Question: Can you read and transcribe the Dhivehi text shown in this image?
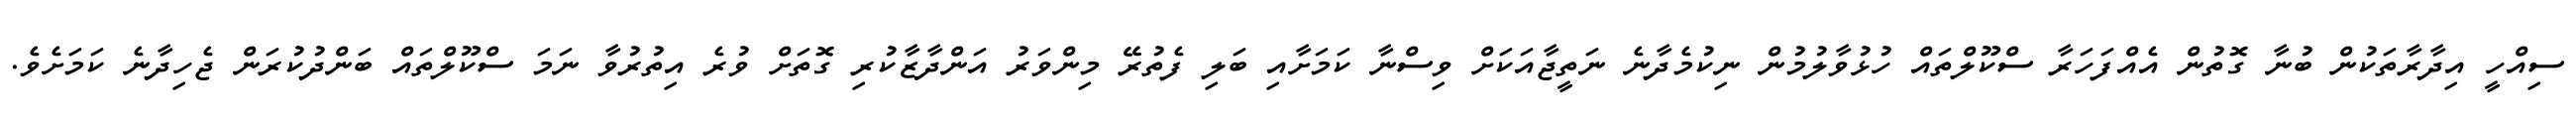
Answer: ސިއްހީ އިދާރާތަކުން ބުނާ ގޮތުން އެއްފަހަރާ ސްކޫލްތައް ހުޅުވާލުމުން ނިކުމެދާނެ ނަތީޖާއަކަށް ވިސްނާ ކަމަށާއި ބަލި ފެތުރޭ މިންވަރު އަންދާޒާކުރި ގޮތަށް ވުރެ އިތުރުވާ ނަމަ ސްކޫލްތައް ބަންދުކުރަން ޖެހިދާނެ ކަމަށެވެ.